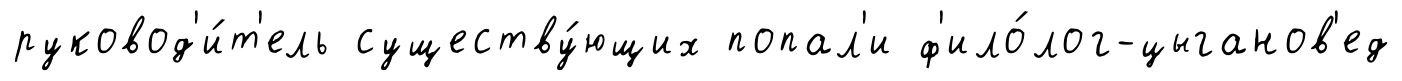
руковод'и́т'ель существу́ющих попал'и ф'ило́лог-цыганов'ед